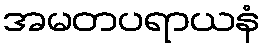
အမတပရာယနံ